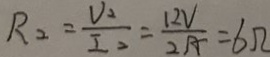
R _ { 2 } = \frac { V _ { 2 } } { I _ { 2 } } = \frac { 1 2 V } { 2 A } = 6 \Omega